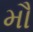
મૌ